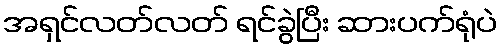
အရှင်လတ်လတ် ရင်ခွဲပြီး ဆားပက်ရုံပဲ